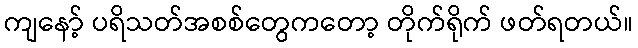
ကျနော့် ပရိသတ်အစစ်တွေကတော့ တိုက်ရိုက် ဖတ်ရတယ်။